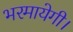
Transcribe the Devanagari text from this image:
भरमायेगी।